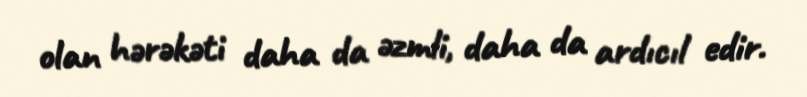
olan hərəkəti daha da əzmli, daha da ardıcıl edir.